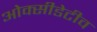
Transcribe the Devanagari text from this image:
ओक्सीडेटीव